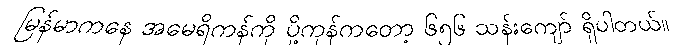
မြန်မာကနေ အမေရိကန်ကို ပို့ကုန်ကတော့ ၆၅၆ သန်းကျော် ရှိပါတယ်။